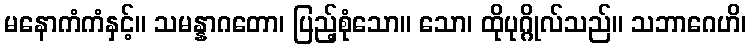
မနောကံကံနှင့်။ သမန္နာဂတော၊ ပြည့်စုံသော။ သော၊ ထိုပုဂ္ဂိုလ်သည်။ သဘာဂေဟိ၊